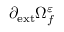
\partial _ { \mathrm { { e x t } } } \Omega _ { f } ^ { \varepsilon }